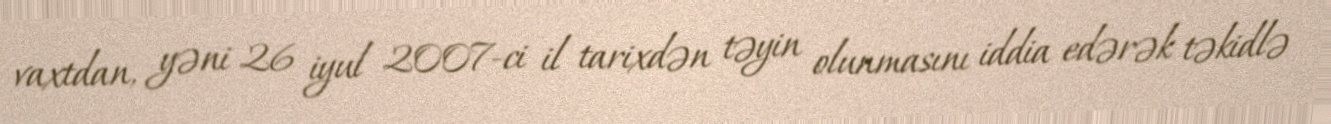
vaxtdan, yəni 26 iyul 2007-ci il tarixdən təyin olunmasını iddia edərək təkidlə